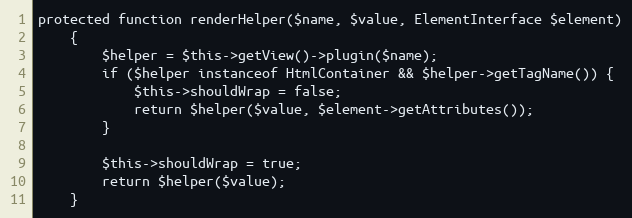
Language: PHP
protected function renderHelper($name, $value, ElementInterface $element)
    {
        $helper = $this->getView()->plugin($name);
        if ($helper instanceof HtmlContainer && $helper->getTagName()) {
            $this->shouldWrap = false;
            return $helper($value, $element->getAttributes());
        }

        $this->shouldWrap = true;
        return $helper($value);
    }